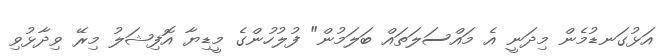
އަޅުގަނޑުމެން މިދަނީ އެ މައްސަލަތައް ބަލަމުން" ފުލުހުންގެ މީޑިޔާ އޮފިޝަލު މިރޭ ވިދާޅުވި